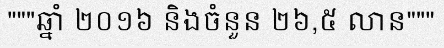
"""ឆ្នាំ ២០១៦ និងចំនួន ២៦,៥ លាន"""